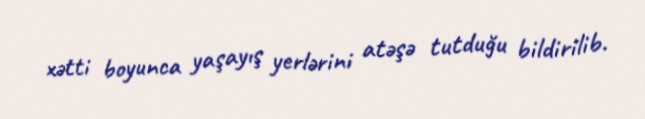
xətti boyunca yaşayış yerlərini atəşə tutduğu bildirilib.